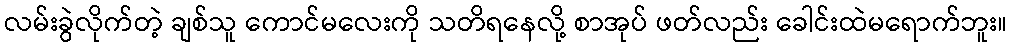
လမ်းခွဲလိုက်တဲ့ ချစ်သူ ကောင်မလေးကို သတိရနေလို့ စာအုပ် ဖတ်လည်း ခေါင်းထဲမရောက်ဘူး။